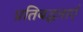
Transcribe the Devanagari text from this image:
प्रतिबद्धताएँ